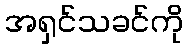
အရှင်သခင်ကို